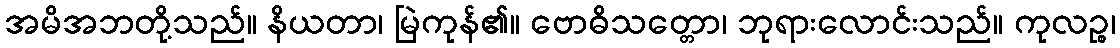
အမိအဘတို့သည်။ နိယတာ၊ မြဲကုန်၏။ ဗောဓိသတ္တော၊ ဘုရားလောင်းသည်။ ကုလဉ္စ၊